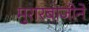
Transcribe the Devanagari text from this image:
मुरारबाजीने